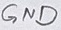
Text: GND